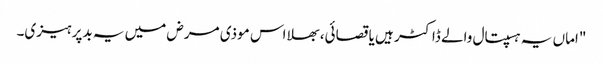
"اماں یہ ہسپتال والے ڈاکٹر ہیں یا قصائی، بھلا اس موذی مرض میں یہ بدپرہیزی۔